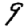
Digit: 9